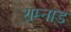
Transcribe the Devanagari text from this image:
राम्नाड